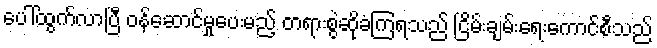
ပေါ်ထွက်လာပြီ ဝန်ဆောင်မှုပေးမည့် တရားစွဲဆိုခံကြရသည် ငြိမ်းချမ်းရေးကောင်စီသည်